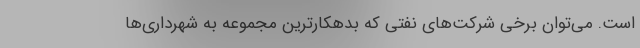
است. می‌توان برخی شرکت‌های نفتی که بدهکارترین مجموعه به شهرداری‌ها